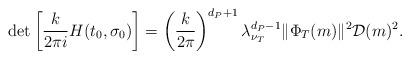
LaTeX: \begin{align*}\det{\left[\frac{k}{2\pi i}H(t_{0},\sigma_{0})\right]}=\left(\frac{k}{2\pi}\right)^{d_{P}+1}\lambda_{\nu_{T}}^{d_{P}-1}\|\Phi_{T}(m)\|^2\mathcal{D}(m)^2.\end{align*}